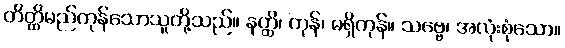
တိတ္ထိမည်ကုန်သောသူတို့သည်။ နတ္ထိ၊ ကုန်၊ မရှိကုန်။ သဗ္ဗေ၊ အလုံးစုံသော။